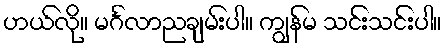
ဟယ်လို။ မင်္ဂလာညချမ်းပါ။ ကျွန်မ သင်းသင်းပါ။